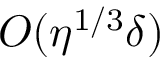
{ \cal O } ( \eta ^ { 1 / 3 } \delta )